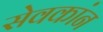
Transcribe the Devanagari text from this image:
सेवकांन